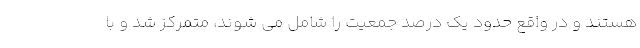
هستند و در واقع حدود یک درصد جمعیت را شامل می شوند، متمرکز شد و با